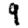
Digit: 9